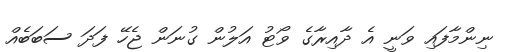
ނިންމާފައި ވަނީ އެ ދާއިރާގެ ވޯޓު އަލުން ގުނަން ޖެހޭ ފަދަ ސަބަބެއް